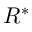
R ^ { * }